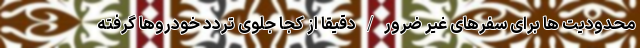
محدودیت ها برای سفرهای غیر ضرور / دقیقا از کجا جلوی تردد خودروها گرفته